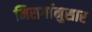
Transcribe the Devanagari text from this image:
निसर्गानुसार